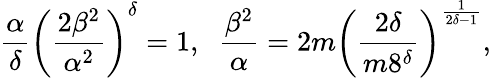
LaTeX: \frac{\alpha}{\delta}\left(\frac{2\beta^{2}}{\alpha^{2}}\right)^{\delta}=1,\; \; \frac{\beta^{2}}{\alpha}=2m\left(\frac{2\delta}{m8^{\delta}}\right)^{\frac{1}{2\delta-1}},